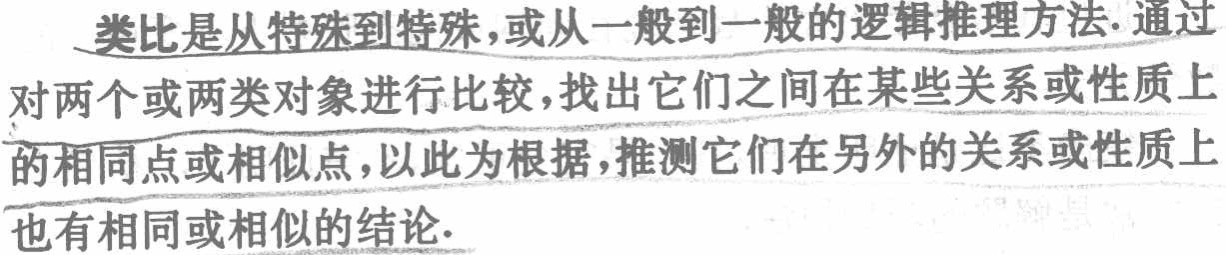
类比是从特殊到特殊,或从一般到一般的逻辑推理方法.通过对两个或两类对象进行比较,找出它们之间在某些关系或性质上的相同点或相似点,以此为根据,推测它们在另外的关系或性质上也有相同或相似的结论.